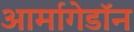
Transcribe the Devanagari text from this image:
आर्मागेडॉन